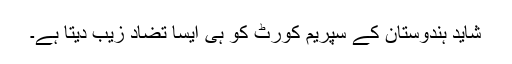
شاید ہندوستان کے سپریم کورٹ کو ہی ایسا تضاد زیب دیتا ہے۔